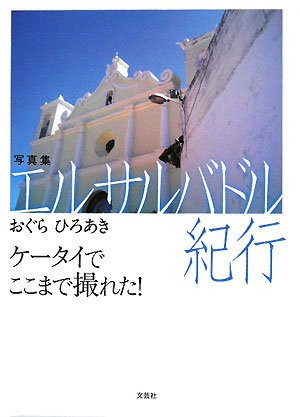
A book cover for I caught up here in El Salvador Photos travelogue mobile phone! (2008) ISBN: 428605148X [Japanese Import]; Travel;